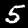
Label: 5